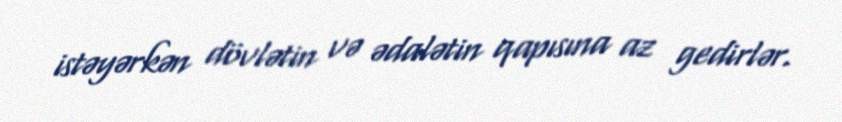
istəyərkən dövlətin və ədalətin qapısına az gedirlər.